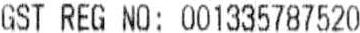
GST REG NO: 001335787520